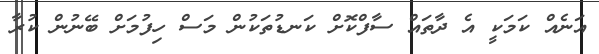
އަނެއް ކަމަކީ އެ ދާތައް ސާފްކޮށް ކަނޑުތަކުން މަސް ހިފުމަށް ބޭނުން ކުރާ